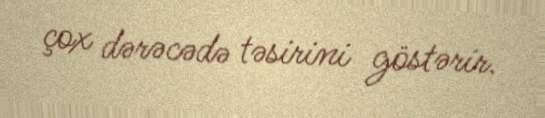
çox dərəcədə təsirini göstərir.